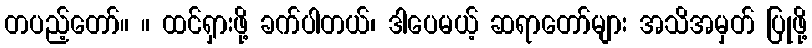
တပည့်တော်။ ။ ထင်ရှားဖို့ ခက်ပါတယ်၊ ဒါပေမယ့် ဆရာတော်များ အသိအမှတ် ပြုဖို့